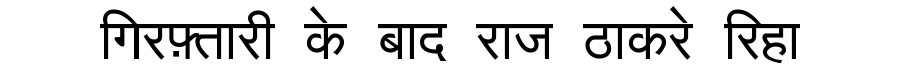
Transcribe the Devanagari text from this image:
गिरफ़्तारी के बाद राज ठाकरे रिहा